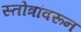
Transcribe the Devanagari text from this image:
स्तोत्रांवरून